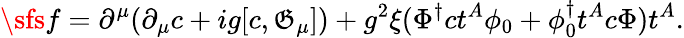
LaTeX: {\sfs}f=\partial^{\mu}(\partial_{\mu}c+ig[c,\mathfrak{G}_{\mu}])+g^{2}\xi(\Phi^{\dagger}ct^{A}\phi_{0}+\phi_{0}^{\dagger}t^{A}c\Phi)t^{A}.